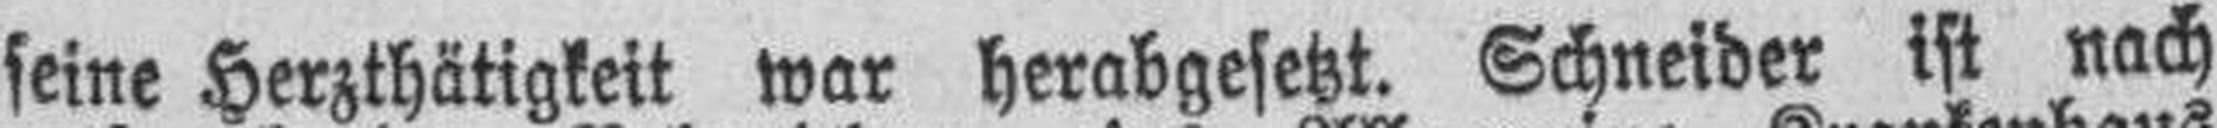
seine Herzthätigkeit war herabgesetzt. Schneider ist nach